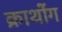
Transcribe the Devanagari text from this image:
क्राथोंग